Annual report of the Camel Specialist
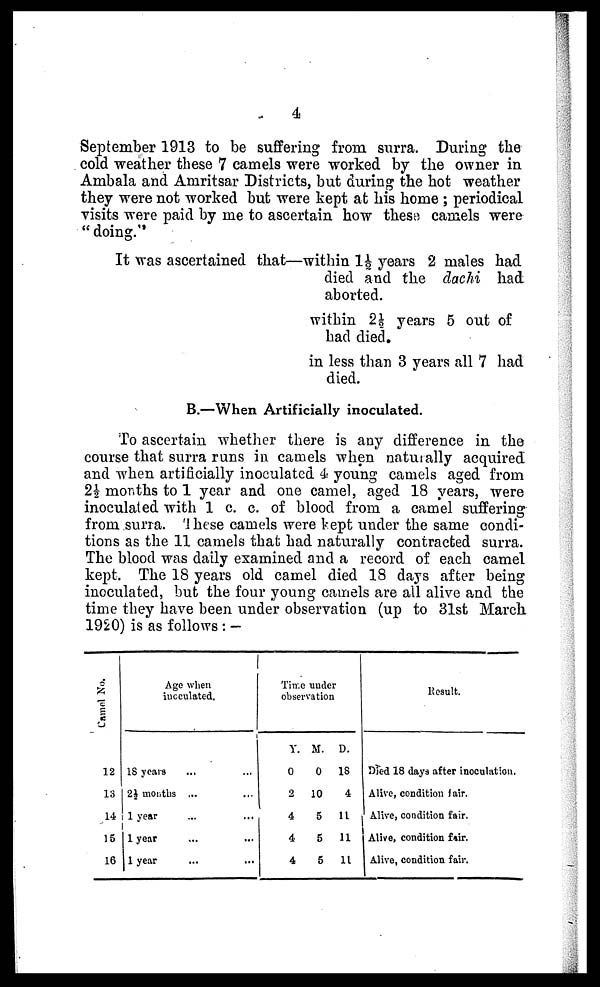
4
September 1913 to be suffering from surra. During the
cold weather these 7 camels were worked by the owner in
Ambala and Amritsar Districts, but during the hot weather
they were not worked but were kept at his home ; periodical
visits were paid by me to ascertain how these camels were
"doing."
It was ascertained that—within 1½ years 2 males had
died and the dachi had
aborted.
within 2½ years 5 out of
had died.
in less than 3 years all 7 had
died.
B.—When Artificially inoculated.
To ascertain whether there is any difference in the
course that surra runs in camels when naturally acquired
and when artificially inoculated 4 young camels aged from
2½ months to 1 year and one camel, aged 18 years, were
inoculated with 1 c. c. of blood from a camel suffering
from surra. These camels were kept under the same condi-
tions as the 11 camels that had naturally contracted surra.
The blood was daily examined and a record of each camel
kept. The 18 years old camel died 18 days after being
inoculated, but the four young camels are all alive and the
time they have been under observation (up to 31st March
1920) is as follows: —
Camel No.
12
13
14
15
16
Age when
inoculated.
18 years
2½ months
1 year
1 year
1 year
...
...
...
...
...
...
...
...
...
...
Time under
observation
Y.
0
2
4
4
4
M.
0
10
5
5
5
D.
18
4
11
11
11
Result.
Died 18 days after inoculation.
Alive, condition fair.
Alive, condition fair.
Alive, condition fair.
Alive, condition fair.